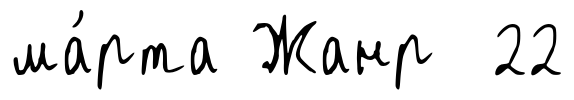
ма́рта Жанр 22